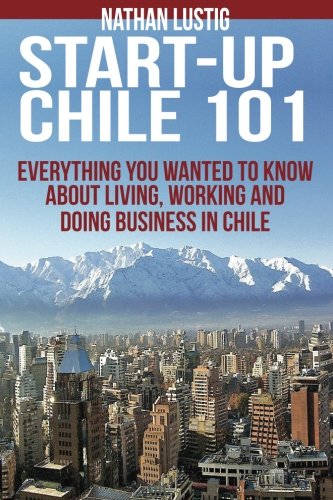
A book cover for Startup Chile 101: Everything You Wanted to Know About Living, Working and Doing Business in Chile; Nathan A Lustig; Travel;